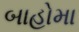
બાહોમા